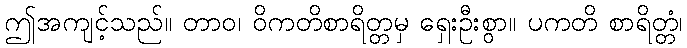
ဤအကျင့်သည်။ တာဝ၊ ဝိကတိစာရိတ္တမှ ရှေးဦးစွာ။ ပကတိ စာရိတ္တံ၊